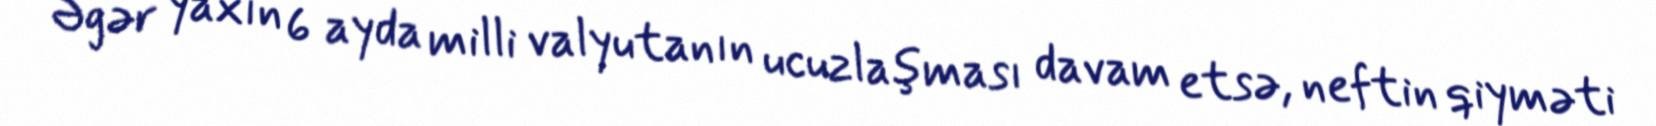
Əgər yaxın 6 ayda milli valyutanın ucuzlaşması davam etsə, neftin qiyməti